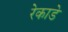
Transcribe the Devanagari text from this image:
रेकाडे